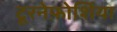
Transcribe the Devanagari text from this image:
टूरनेफ़ोर्शिया